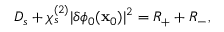
\begin{array} { r } { D _ { s } + \chi _ { s } ^ { ( 2 ) } | \delta \phi _ { 0 } ( \mathbf { x } _ { 0 } ) | ^ { 2 } = R _ { + } + R _ { - } , } \end{array}